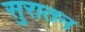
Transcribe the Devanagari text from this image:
सुरातन